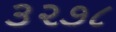
૩૨૭૮